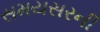
સમયસરની